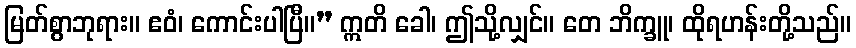
မြတ်စွာဘုရား။ ဧဝံ၊ ကောင်းပါပြီ။” ဣတိ ခေါ၊ ဤသို့လျှင်။ တေ ဘိက္ခူ၊ ထိုရဟန်းတို့သည်။